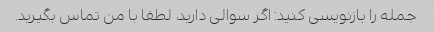
جمله را بازنویسی کنید: اگر سوالی دارید، لطفا با من تماس بگیرید.